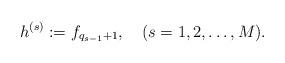
LaTeX: \begin{align*}h^{(s)} := f_{q_{s-1}+1}, \quad ( s=1,2,\dots,M ).\end{align*}